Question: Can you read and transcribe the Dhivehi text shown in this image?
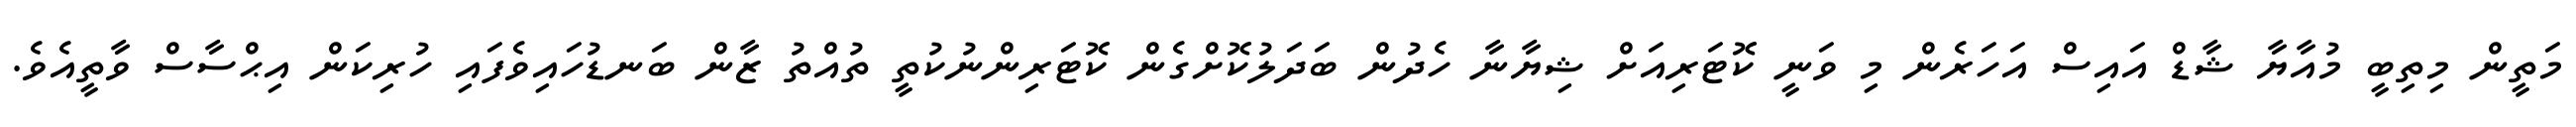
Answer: މަތީން މިތިބީ މުއާޔާ ޝާޑް އައިސް އަހަރެން މި ވަނީ ކޮޓަރިއަށް ޝިޔާނާ ހެދުން ބަދަލުކޮށްގެން ކޮޓަރިންނުކުތީ ތުއްތު ޒާން ބަނޑުހައިވެފައި ހުރިކަން އިޙްސާސް ވާތީއެވެ.